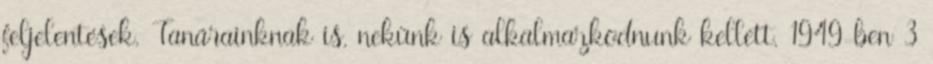
feljelentések. Tanárainknak is, nekünk is alkalmazkodnunk kellett. 1949-ben 3